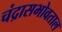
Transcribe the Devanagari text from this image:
चंद्रासभोवताल